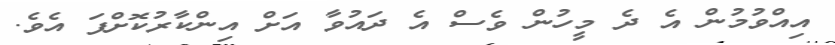
އިއްވުމުން އެ ދެ މީހުން ވެސް އެ ދައުވާ އަށް އިންކާރުކޮށްފަ އެވެ.